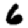
Digit: 6